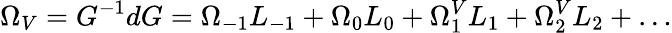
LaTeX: \Omega_{V}=G^{-1}dG=\Omega_{-1}L_{-1}+\Omega_{0}L_{0}+\Omega_{1}^{V}L_{1}+\Omega_{2}^{V}L_{2}+\ldots